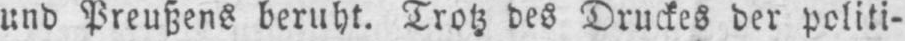
und Preußens beruht. Trotz des Druckes der politi-